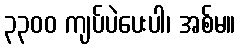
၃၃၀၀ ကျပ်ပဲပေးပါ၊ အစ်မ။